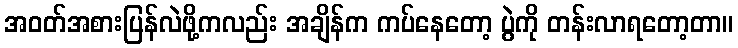
အဝတ်အစားပြန်လဲဖို့ကလည်း အချိန်က ကပ်နေတော့ ပွဲကို တန်းလာရတော့တာ။